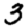
Digit: 3